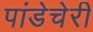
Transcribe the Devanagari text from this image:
पांडेचेरी